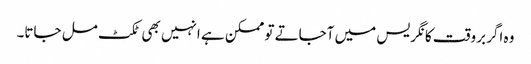
وہ اگر بروقت کانگریس میں آجاتے تو ممکن ہے انہیں بھی ٹکٹ مل جاتا۔